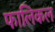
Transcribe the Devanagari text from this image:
फालिकल